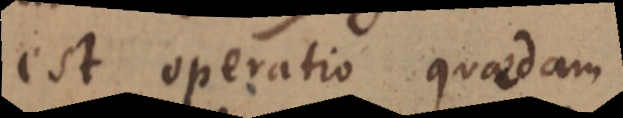
est operatio quaedam